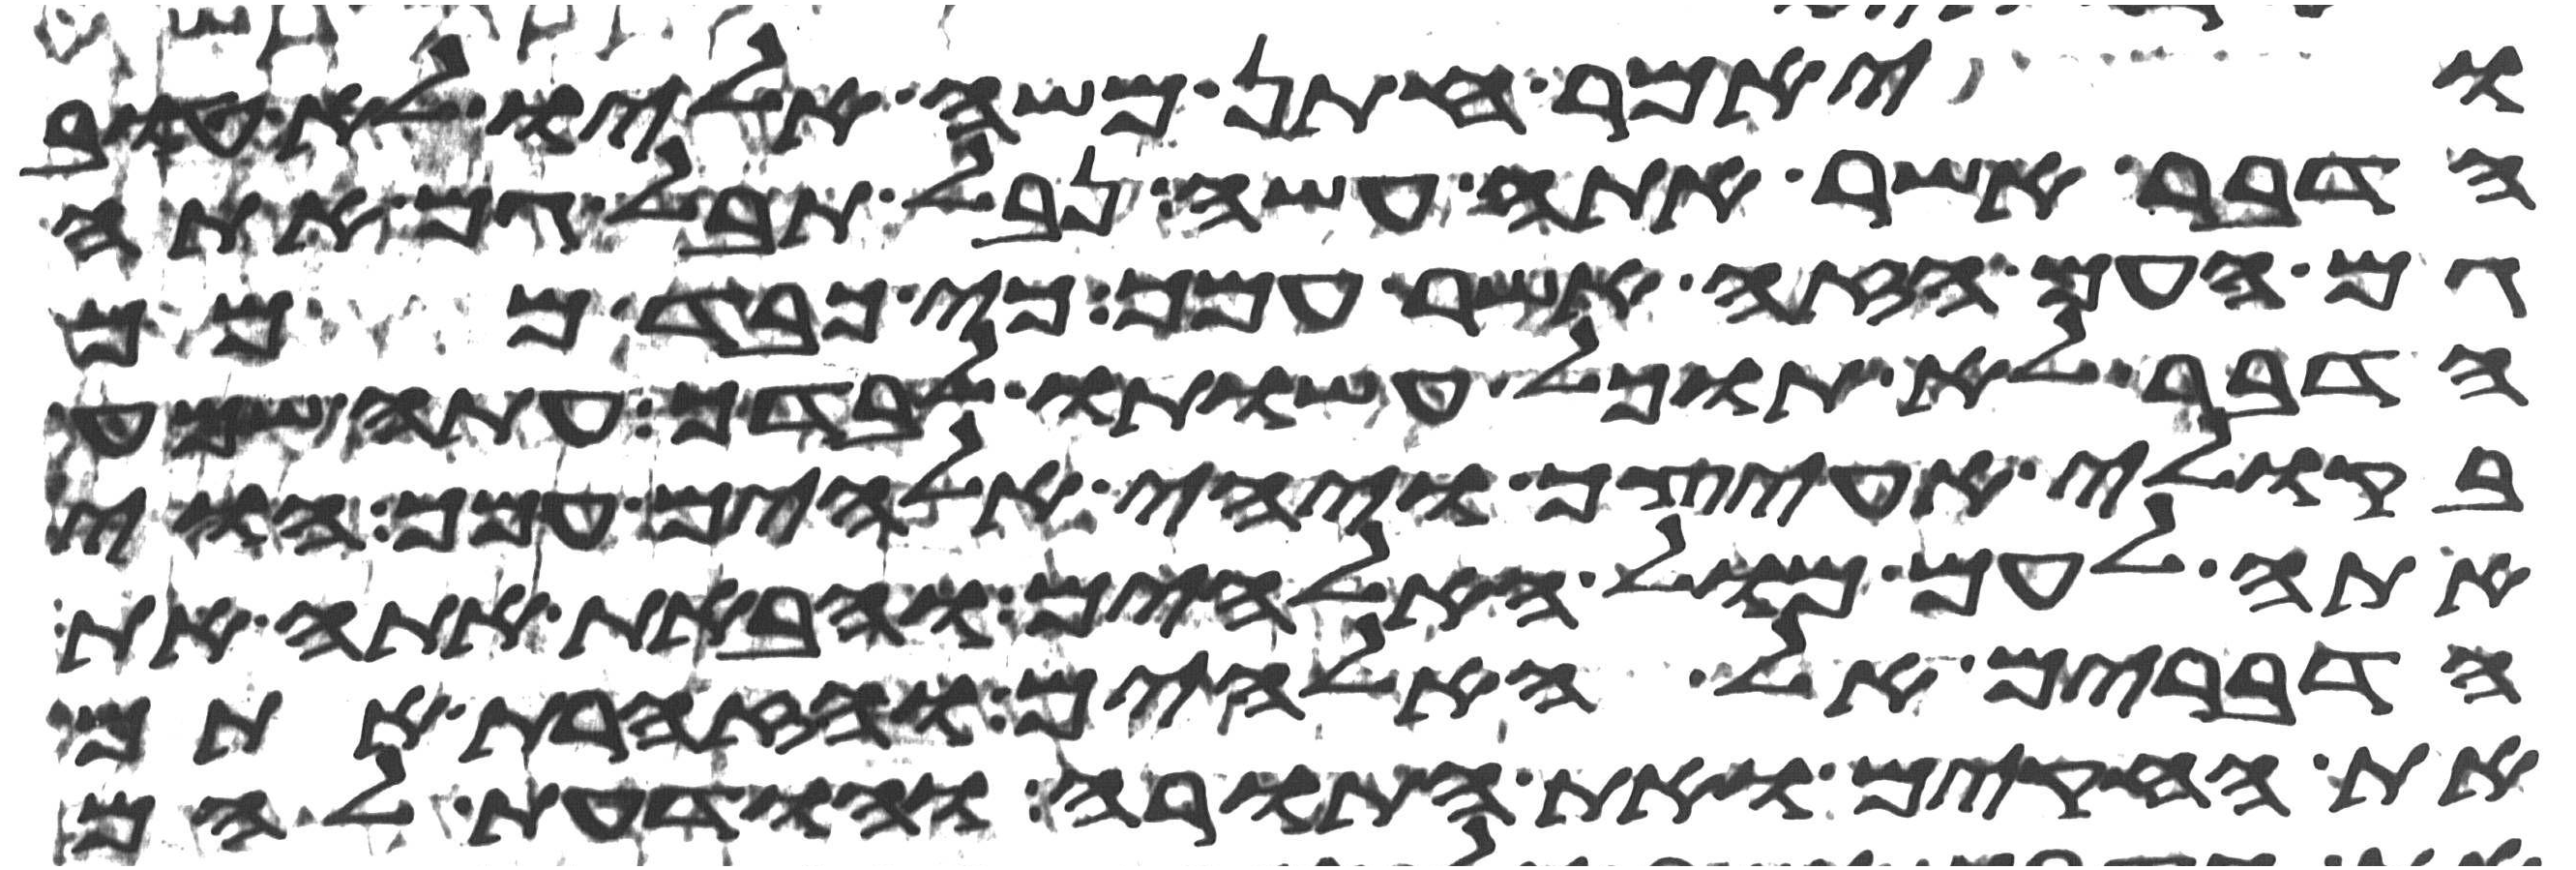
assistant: ויאמר חתן משה אליו לא טוב
הדבר אשר אתה עשה נבל תבל גם אתה
גם העם הזה אשר עמך כי כבד ממך
הדבר לא תוכל עשותו לבדך עתה שמע
בקולי אעיצך ויהי אלהים עמך הוי
אתה לעם מול האלהים והבאת אתה את
הדברים אל האלהים והזהרת אתם
את החקים ואת התורה והודעת להם